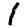
Digit: 1